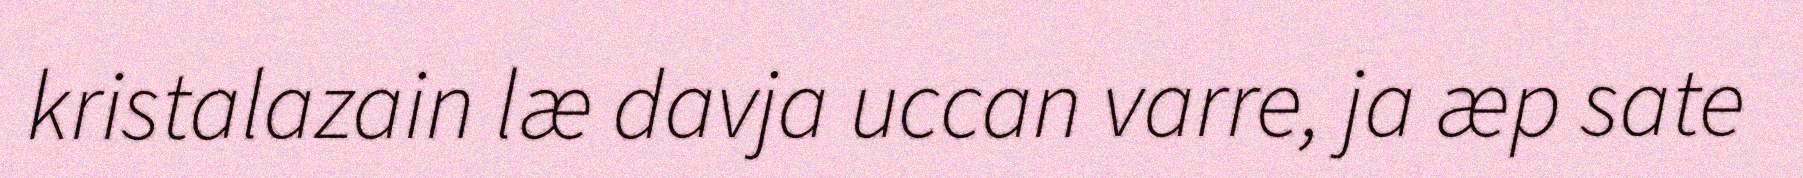
kristalazain læ davja uccan varre, ja æp sate